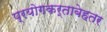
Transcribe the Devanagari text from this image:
प्रयोगकर्ताबेहतर